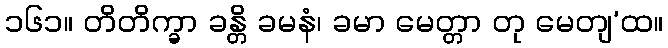
၁၆၁။ တိတိက္ခာ ခန္တိ ခမနံ၊ ခမာ မေတ္တာ တု မေတျ’ထ။